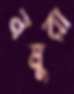
নমুরা